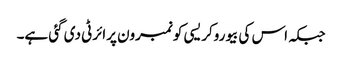
جبکہ اس کی بیوروکریسی کو نمبرون پرائرٹی دی گئی ہے۔